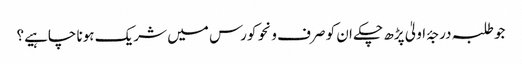
جو طلبہ درجۂ اولیٰ پڑھ چکے ان کو صرف ونحو کورس میں شریک ہونا چاہیے؟